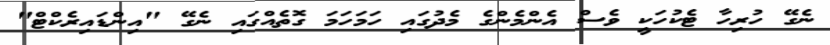
ނެގޭ ހުރިހާ ޓެކުހަކީ ވެސް އެންމެންގެ މެދުގައި ހަމަހަމަ ގޮތެއްގައި ނެގޭ "އިންޑައިރެކްޓް"